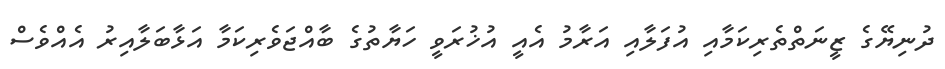
ދުނިޔޭގެ ޒީނަތްތެރިކަމާއި އުފަލާއި އަރާމު އެއީ އުޚުރަވީ ހަޔާތުގެ ބާއްޖަވެރިކަމާ އަޅާބަލާއިރު އެއްވެސް